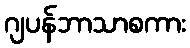
ဂျပန်ဘာသာစကား